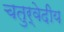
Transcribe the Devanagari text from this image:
चतुर्वेदीय